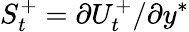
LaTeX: S_{t}^{+}=\partial U_{t}^{+}/\partial y^{*}